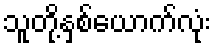
သူတို့နှစ်ယောက်လုံး